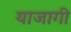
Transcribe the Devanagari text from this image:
याजागी